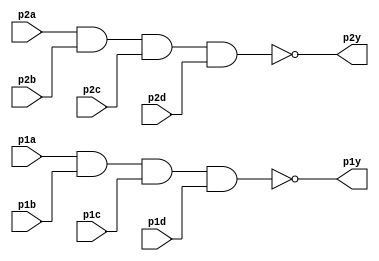
// This program was cloned from: https://github.com/Yvan-xy/verilog-doc
// License: GNU General Public License v2.0

module top_module ( 
    input p1a, p1b, p1c, p1d,
    output p1y,
    input p2a, p2b, p2c, p2d,
    output p2y );
    assign p1y = ~(p1a&p1b&p1c&p1d);
    assign p2y = ~(p2a&p2b&p2c&p2d);
endmodule